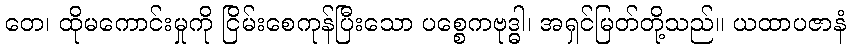
တေ၊ ထိုမကောင်းမှုကို ငြိမ်းစေကုန်ပြီးသော ပစ္စေကဗုဒ္ဓါ၊ အရှင်မြတ်တို့သည်။ ယထာပဇာနံ